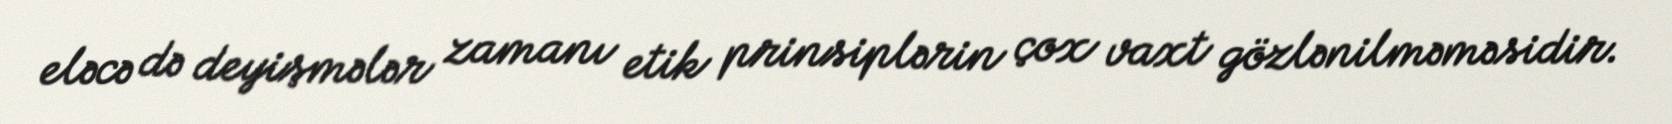
eləcə də deyişmələr zamanı etik prinsiplərin çox vaxt gözlənilməməsidir.